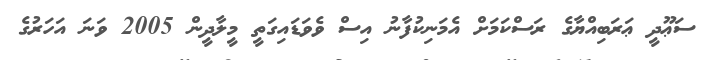
ސަޢޫދީ ޢަރަބިއްޔާގެ ރަސްކަމަށް އެމަނިކުފާނު އިސް ވެވަޑައިގަތީ މީލާދީން 2005 ވަނަ އަހަރުގެ